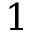
1